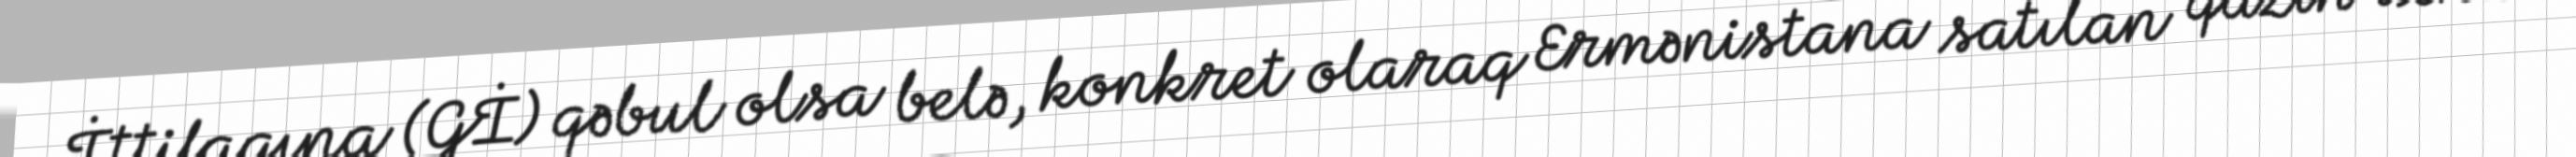
İttifaqına (Gİ) qəbul olsa belə, konkret olaraq Ermənistana satılan qazın ixrac